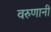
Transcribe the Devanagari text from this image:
वरुणानी